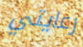
رعايتي